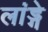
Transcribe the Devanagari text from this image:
लांड्गे